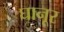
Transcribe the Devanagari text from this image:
घानूर